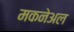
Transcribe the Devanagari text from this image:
मकनेअल